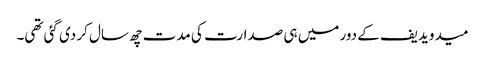
میدویدیف کے دور میں ہی صدارت کی مدت چھ سال کر دی گئی تھی۔